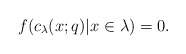
\begin{gather*}f(c_{\lambda}(x;q) \vert x \in \lambda) = 0.\end{gather*}